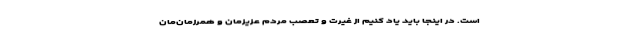
است. در اینجا باید یاد کنیم از غیرت و تعصب مردم عزیزمان و همرزمان‌مان